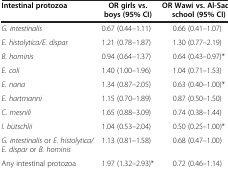
| Intestinal protozoa | OR girls vs. boys (95% CI) | OR Wawi vs. Al-Sadik school (95% CI) |
 | --- | --- | --- |
 | G. intestinalis | 0.67 (0.44–1.11) | 0.66 (0.41–1.07) |
 | E. histolytica/E. dispar | 1.21 (0.78–1.87) | 1.30 (0.77–2.19) |
 | B. hominis | 0.94 (0.64–1.37) | 0.64 (0.43–0.97)* |
 | E. coli | 1.40 (1.00–1.96) | 1.04 (0.71–1.53) |
 | E. nana | 1.34 (0.87–2.05) | 0.63 (0.40–1.00)* |
 | E. hartmanni | 1.15 (0.70–1.89) | 0.87 (0.50–1.50) |
 | C. mesnili | 1.65 (0.88–3.09) | 0.74 (0.38–1.44) |
 | I. bütschlii | 1.04 (0.53–2.04) | 0.50 (0.25–1.00)* |
 | G. intestinalis or E. histolytica/E. dispar or B. hominis | 1.13 (0.81–1.58) | 0.68 (0.47–1.00) |
 | Any intestinal protozoa | 1.97 (1.32–2.93)* | 0.72 (0.46–1.14) |